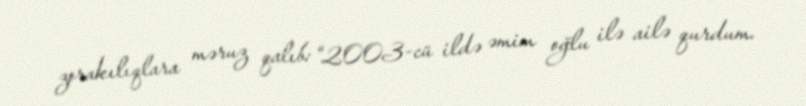
zorakılıqlara məruz qalıb: “2003-cü ildə əmim oğlu ilə ailə qurdum.